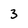
Character: 3